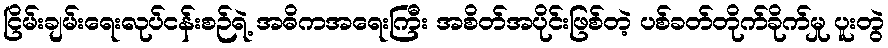
ငြိမ်းချမ်းရေးလုပ်ငန်းစဉ်ရဲ့ အဓိကအရေးကြီး အစိတ်အပိုင်းဖြစ်တဲ့ ပစ်ခတ်တိုက်ခိုက်မှု ပူးတွဲ